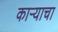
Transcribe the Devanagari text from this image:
काऱ्याचा